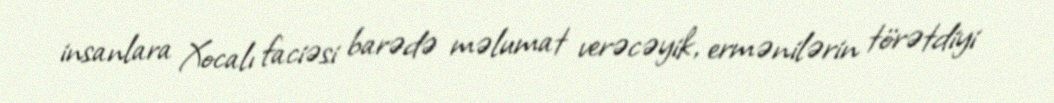
insanlara Xocalı faciəsi barədə məlumat verəcəyik, ermənilərin törətdiyi